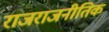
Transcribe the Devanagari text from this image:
राजराजनीतिक